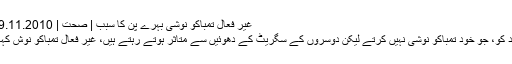
غیر فعال تمباکو نوشی بہرے پن کا سبب | صحت | DW | 29.11.2010
ایسے افراد کو، جو خود تمباکو نوشی نہیں کرتے لیکن دوسروں کے سگریٹ کے دھوئیں سے متاثر ہوتے رہتے ہیں، غیر فعال تمباکو نوش کہا جاتا ہے۔